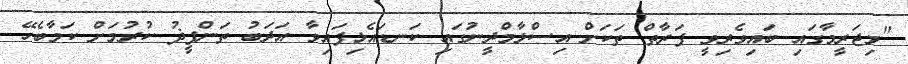
"މިޖަރީމާގައި ބައިވެރިވީ ފަރާތް ތަކަށް އިސްލާމްދީނުގައި ކަނޑައެޅިފައިވާ އަދަބު ތަންފީޛު ކުރުމަށް ކަމާބެހޭ